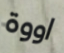
اووة